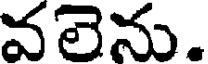
వలెను.